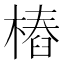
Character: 樁